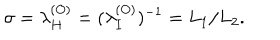
\sigma = \lambda _ { H } ^ { ( O ) } = ( \lambda _ { I } ^ { ( O ) } ) ^ { - 1 } = L _ { 1 } / L _ { 2 } .